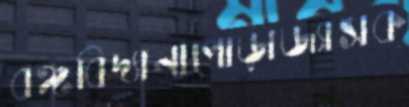
বঙ্গবিদ্যানাপোড়াজ্যাসক